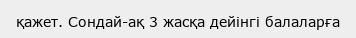
қажет. Сондай-ақ 3 жасқа дейінгі балаларға